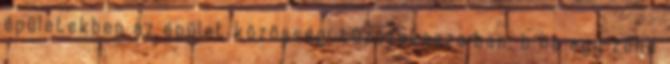
épületekben az épület közösségi tûzszakaszaiban, b ha egy zóna